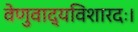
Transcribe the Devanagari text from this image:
वेणुवाद्यविशारदः।